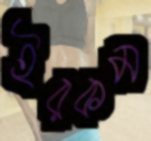
ইরকম